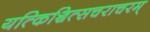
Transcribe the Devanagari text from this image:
यत्किञ्चित्सचराचरम्